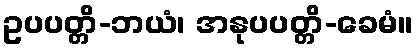
ဥပပတ္တိ-ဘယံ၊ အနုပပတ္တိ-ခေမံ။